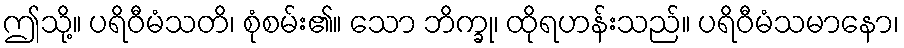
ဤသို့။ ပရိဝီမံသတိ၊ စုံစမ်း၏။ သော ဘိက္ခု၊ ထိုရဟန်းသည်။ ပရိဝီမံသမာနော၊